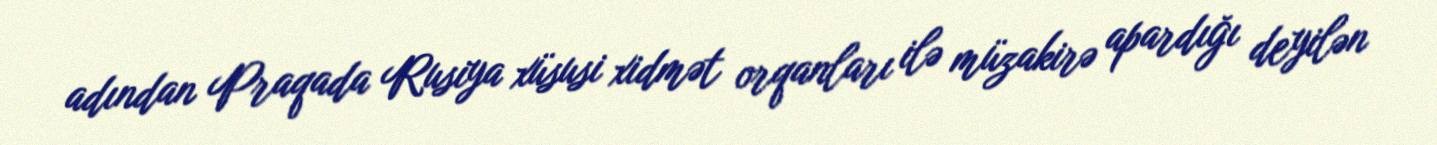
adından Praqada Rusiya xüsusi xidmət orqanları ilə müzakirə apardığı deyilən